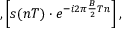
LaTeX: , \left[ s ( n T ) \cdot e ^ { - i 2 \pi { \frac { B } { 2 } } T n } \right] ,